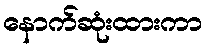
နောက်ဆုံးထားကာ